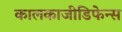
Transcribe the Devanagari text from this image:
कालकाजीडिफेन्स